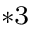
^ { * 3 }